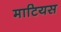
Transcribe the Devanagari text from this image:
माटियस